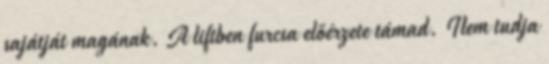
sajátját magának. A liftben furcsa előérzete támad. Nem tudja